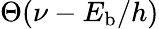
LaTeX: \Theta(\nu-E_{\mathrm{b}}/h)